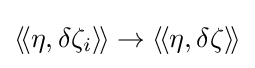
\langle \!\langle \eta ,\delta \zeta _{i}\rangle \!\rangle \to \langle \!\langle \eta ,\delta \zeta \rangle \!\rangle